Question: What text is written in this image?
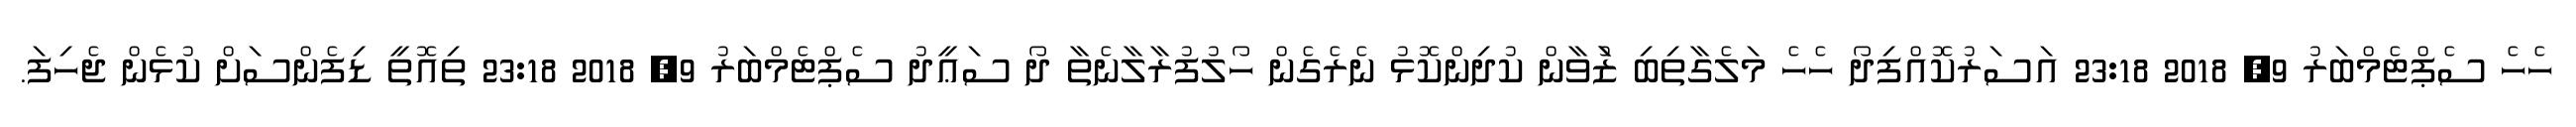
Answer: ހެހެ ސެޕްޓެމްބަރު 9, 2018 23:18 އަސަރުކޮއްފިދޯ ހެހެ މަލެގާތިބި ޒުަަވާން ކުދިންކޮޅު ނެރެގެން ހޯލުފުރާލާނެތާ ދޯ ސަޢީދު ސެޕްޓެމްބަރު 9, 2018 23:18 ތިއޮތީ ޑިފެންސަށް ކުޅެން ޖެހިފަ.